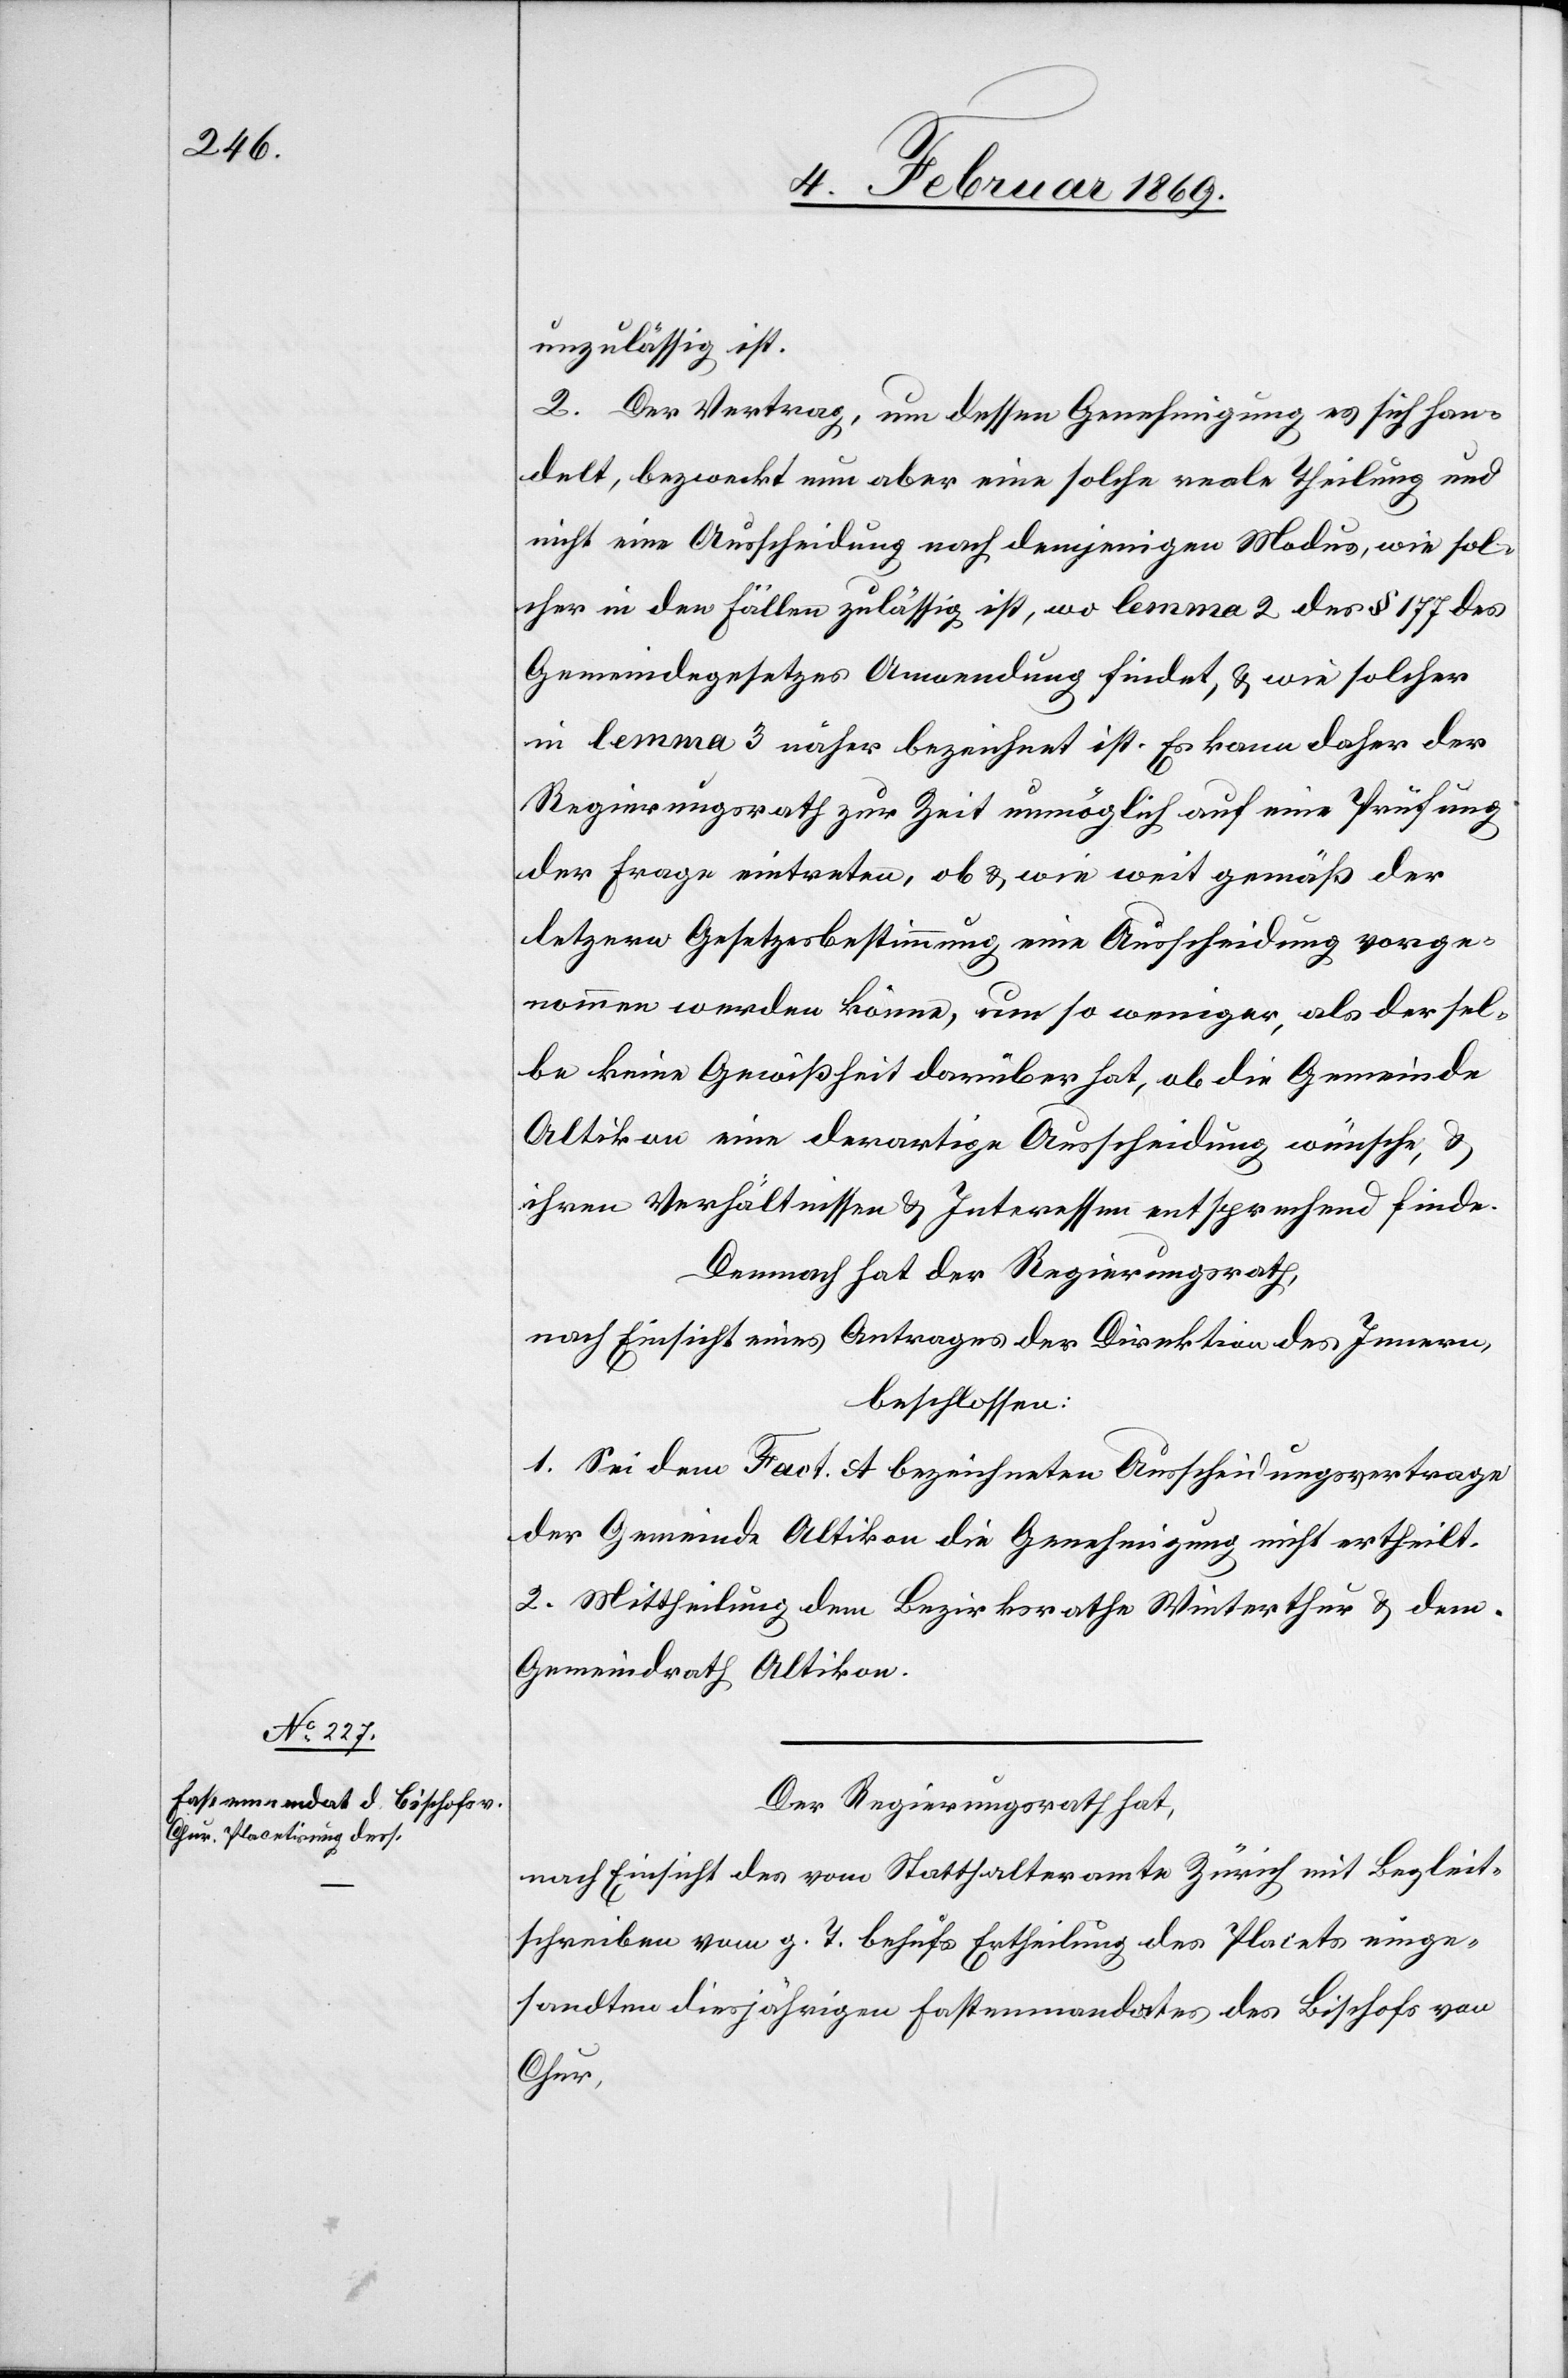
unzulässig ist.
2. Der Vertrag, um dessen Genehmigung es sich han¬
delt, bezweckt nun aber eine solche reale Theilung und
nicht eine Ausscheidung nach demjenigen Modus, wie sol¬
cher in den Fällen zulässig ist, wo lemma 2 der § 177 des
Gemeindegesetzes Anwendung findet, & wie solcher
in lemma 3 näher bezeichnet ist. Es kann daher der
Regierungsrath zur Zeit unmöglich auf eine Prüfung
der Frage eintreten, ob & wie weit gemäß der
letztern Gesetzesbestimmung eine Ausscheidung vorge¬
nommen werden könne, um so weniger, als dersel¬
be keine Gewißheit darüber hat, ob die Gemeinde
Altikon eine derartige Ausscheidung wünsche, &
ihren Verhältnissen & Interessen entsprechend finde.
Demnach hat der Regierungsrath,
nach Einsicht eines Antrages der Direktion des Innern,
beschlossen:
1. Sei dem Fact. A bezeichneten Ausscheidungsvertrage
der Gemeinde Altikon die Genehmigung nicht ertheilt.
2. Mittheilung dem Bezirksrathe Winterthur & dem
Gemeindrath Altikon.
Der Regierungsrath hat,
nach Einsicht des vom Statthalteramte Zürich mit Begleit¬
schreiben vom h. T. behufs Ertheilung des Placets einge¬
sandten diesjährigen Fastenmandates des Bischofs von
Chur,